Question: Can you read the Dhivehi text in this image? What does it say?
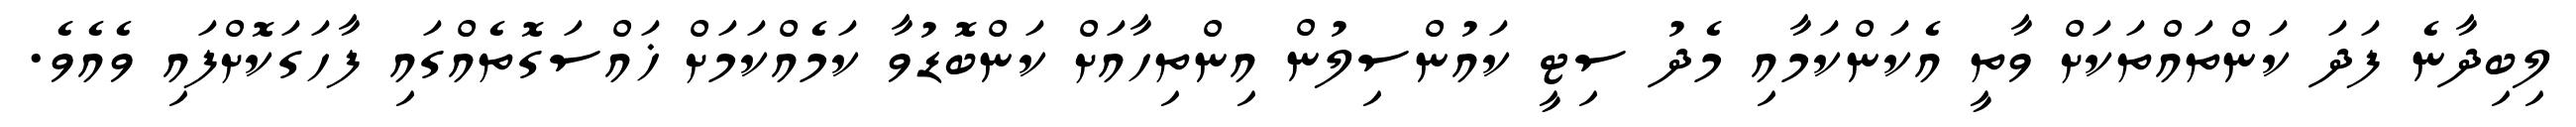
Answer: ލިބިދާނެ ފަދަ ކަންތައްތަކަށް ވާތީ އެކަންކަމާއި މެދު ސިޓީ ކައުންސިލުން އިންތިހާއަށް ކަންބޮޑުވާ ކަމެއްކަމަށް ޚައްސަގޮތެއްގައި ފާހަގަކޮށްފައި ވެއެވެ.